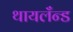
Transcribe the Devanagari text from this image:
थायलँन्ड